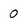
Character: 0